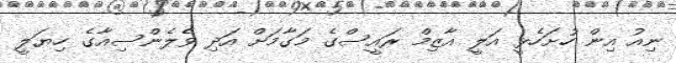
ނިއު އިން ހުށަހެޅީ އަލީ އާޒިމް ރައީސްގެ މަގާމަށް އަދި ވެލެންސިއާގެ ހިޔަލީ